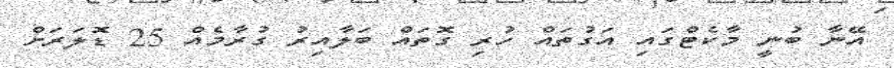
އޭނާ ބުނީ މާކެޓްގައި އަގުތައް ހުރި ގޮތައް ބަލާއިރު ގުރާމެއް 25 ޑޮލަރަށް